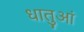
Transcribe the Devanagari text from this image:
धातुआं